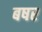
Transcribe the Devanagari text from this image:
बषर